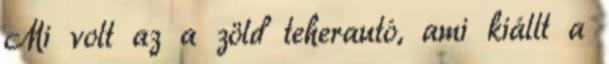
Mi volt az a zöld teherautó, ami kiállt a